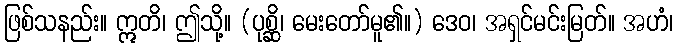
ဖြစ်သနည်း။ ဣတိ၊ ဤသို့။ (ပုစ္ဆိ၊ မေးတော်မူ၏။) ဒေဝ၊ အရှင်မင်းမြတ်။ အဟံ၊